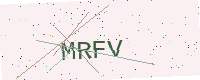
Text: MRFV